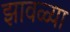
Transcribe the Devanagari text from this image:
झावळ्या